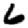
Digit: 6